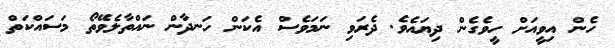
ހެން އިވީއަށް ހީވެގެން ދިޔައެވެ. ދެރަވި ނަމަވެސް އެކަން ހަނދާން ނައްތާލެވޭތޯ މަސައްކަތް